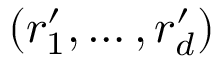
( r _ { 1 } ^ { \prime } , \ldots , r _ { d } ^ { \prime } )